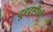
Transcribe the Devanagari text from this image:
दूरदृष्टीची